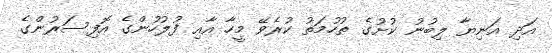
އަދި އަނިޔާ ލިބުނު ކުށުގެ ތުހުމަތު ކުރެވޭ މީހާ އާއި ފުލުހުންގެ އޮފިސަރުންގެ